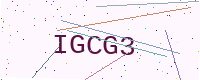
Text: IGCG3